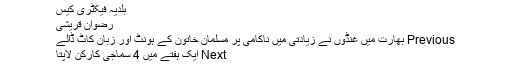
بلدیہ فیکٹری کیس
رضوان قریشی
Previous بھارت میں غنڈوں نے زیادتی میں ناکامی پر مسلمان خاتون کے ہونٹ اور زبان کاٹ ڈالے
Next ایک ہفتے میں 4 سماجی کارکن لاپتا